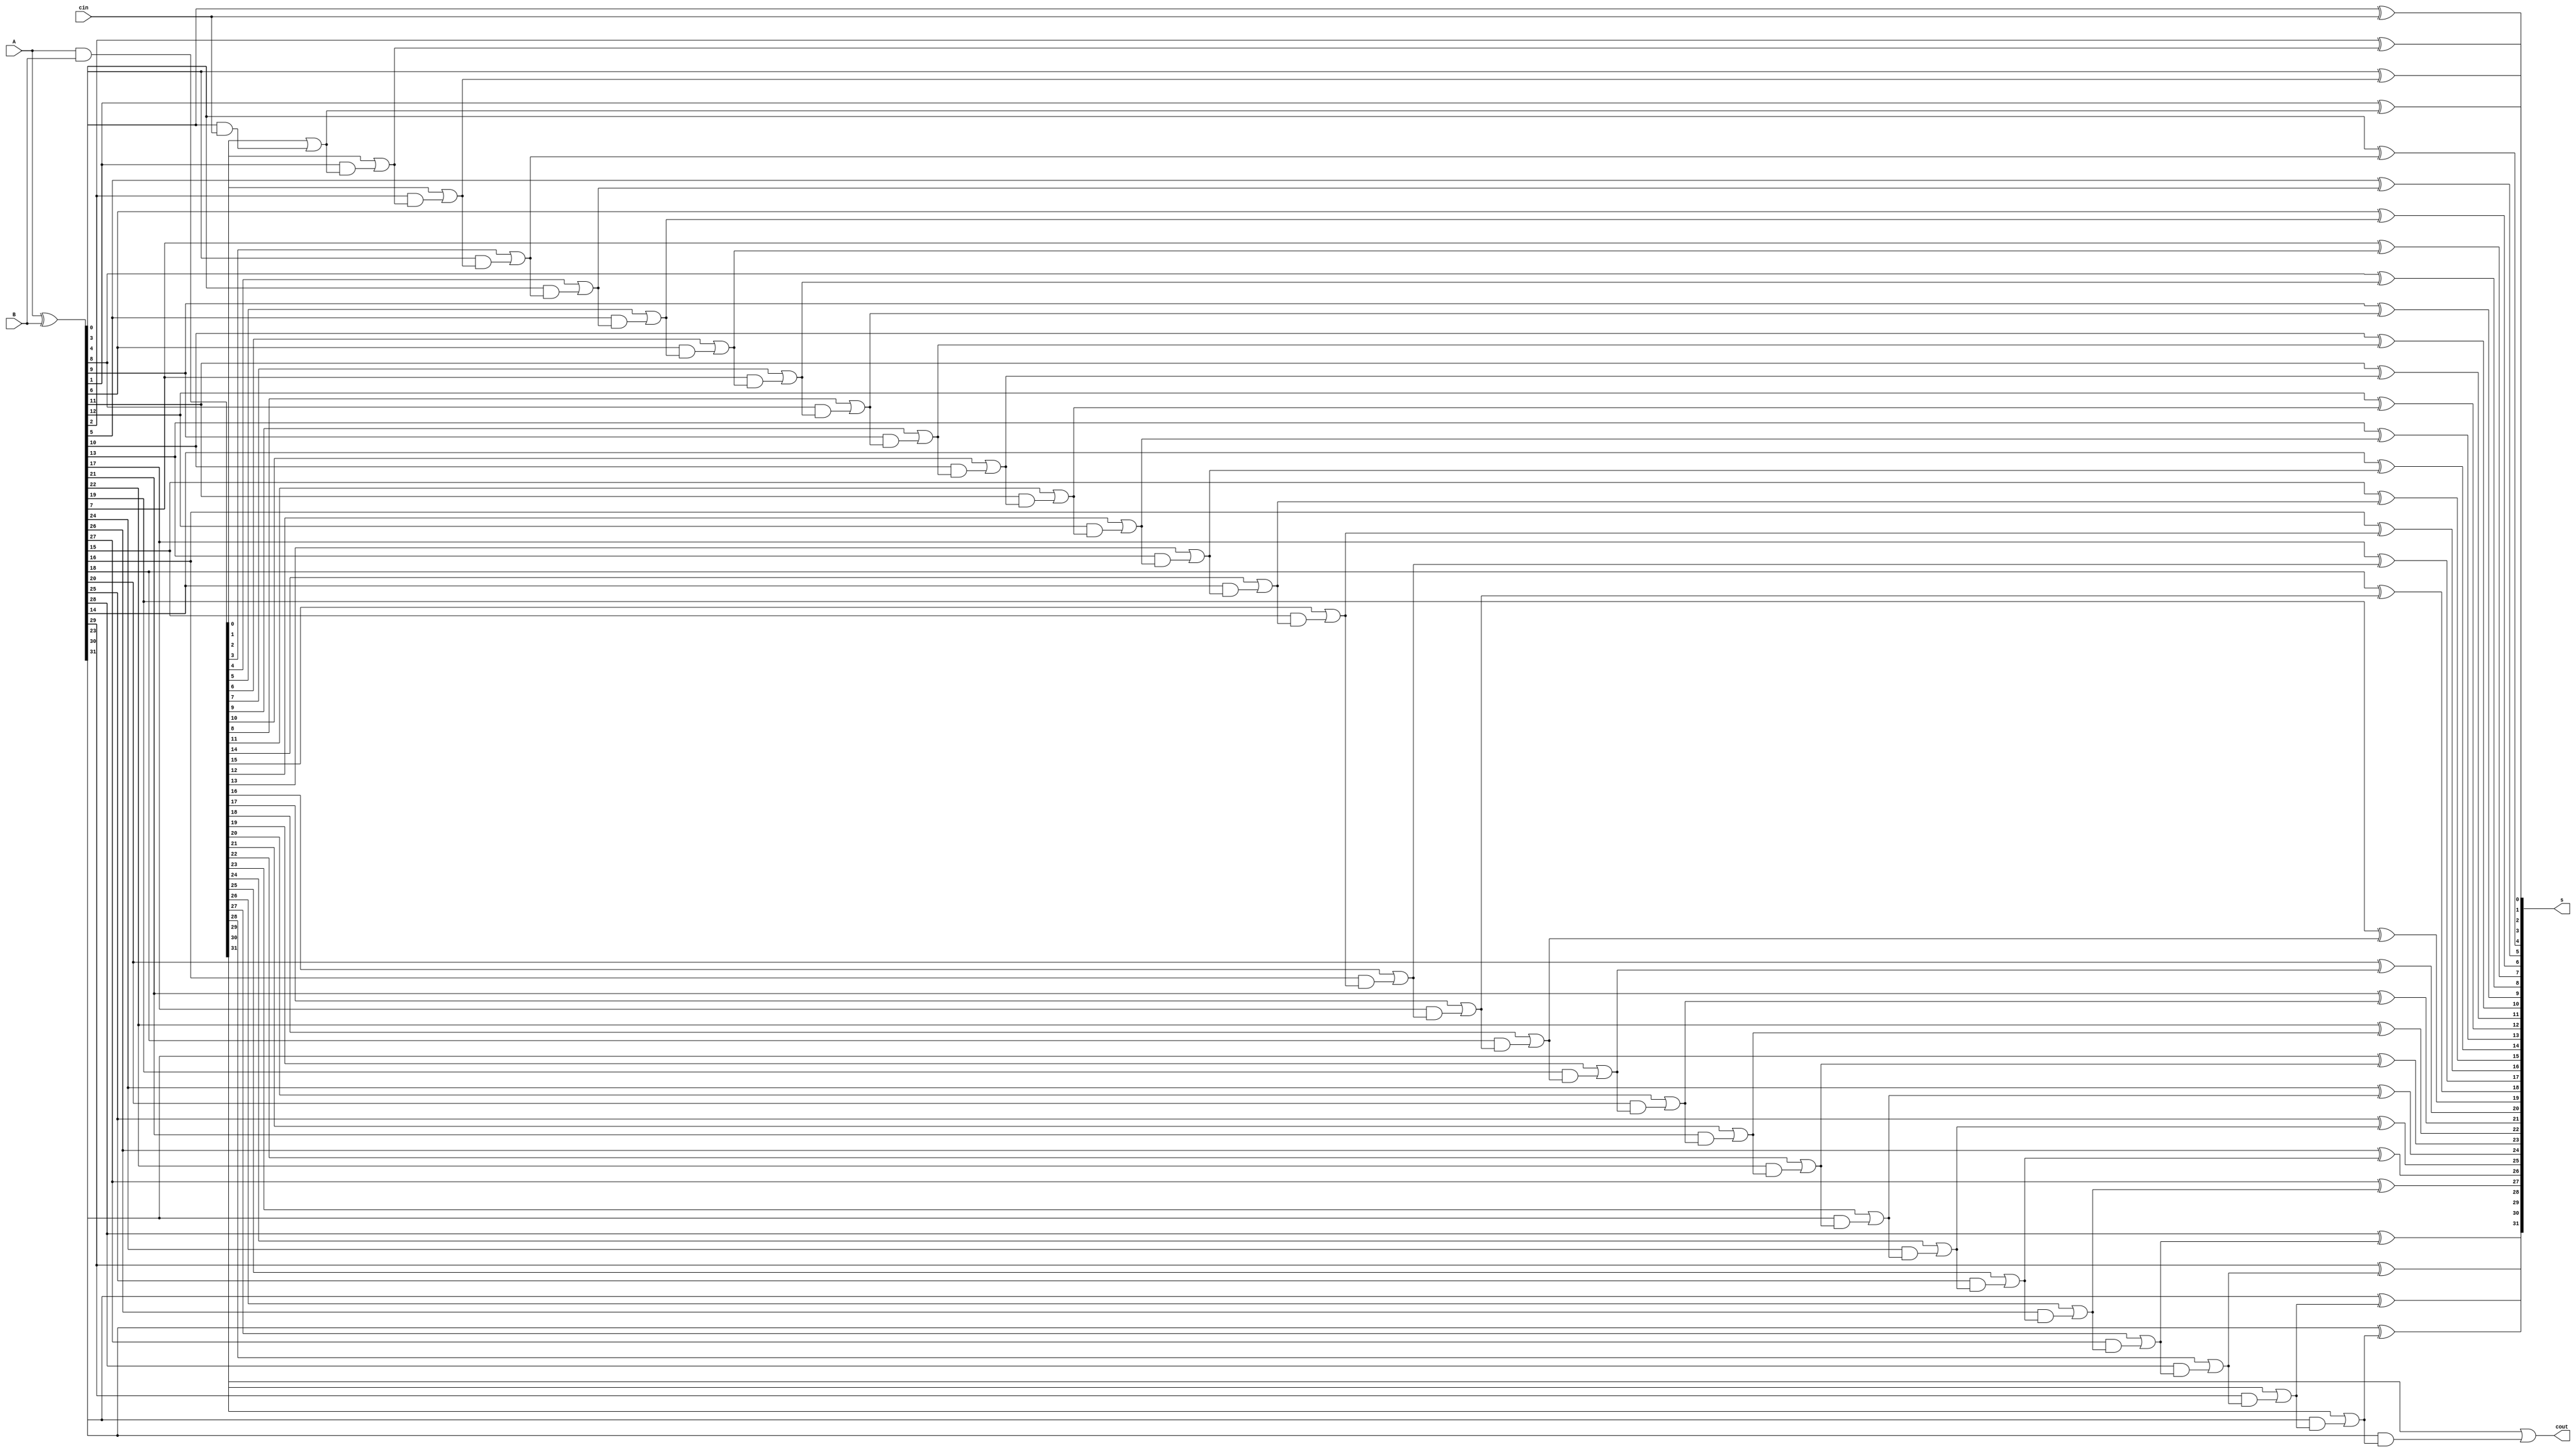
`timescale 1ns / 1ps
//////////////////////////////////////////////////////////////////////////////////
// Company: 
// Engineer: 
// 
// Design Name: 
// Module Name: ALU
// Project Name: 
// Target Devices: 
// Tool Versions: 
// Description: 
// 
// Dependencies: 
// 
// Revision:
// Revision 0.01 - File Created
// Additional Comments:
// 
//////////////////////////////////////////////////////////////////////////////////
module ADDER(input [31:0] A, input [31:0]B, input cin, output [31:0] s, output [0:0]cout);

	wire[31:0] g;
	wire[31:0] p;
	wire[31:0] c;

	assign g = A & B;
	assign p = A ^ B;

	assign c[0] = g[0] | (p[0] & cin);
	assign c[1] = g[1] | (p[1] & (g[0] | (p[0] & cin)));
	assign c[2] = g[2] | (p[2] & (g[1] | (p[1] & (g[0] | (p[0] & cin)))));
	assign c[3] = g[3] | (p[3] & (g[2] | (p[2] & (g[1] | (p[1] & (g[0] | (p[0] & cin)))))));
	assign c[4] = g[4] | (p[4] & (g[3] | (p[3] & (g[2] | (p[2] & (g[1] | (p[1] & (g[0] | (p[0] & cin)))))))));
	assign c[5] = g[5] | (p[5] & (g[4] | (p[4] & (g[3] | (p[3] & (g[2] | (p[2] & (g[1] | (p[1] & (g[0] | (p[0] & cin)))))))))));
	assign c[6] = g[6] | (p[6] & (g[5] | (p[5] & (g[4] | (p[4] & (g[3] | (p[3] & (g[2] | (p[2] & (g[1] | (p[1] & (g[0] | (p[0] & cin)))))))))))));
	assign c[7] = g[7] | (p[7] & (g[6] | (p[6] & (g[5] | (p[5] & (g[4] | (p[4] & (g[3] | (p[3] & (g[2] | (p[2] & (g[1] | (p[1] & (g[0] | (p[0] & cin)))))))))))))));
	assign c[8] = g[8] | (p[8] & (g[7] | (p[7] & (g[6] | (p[6] & (g[5] | (p[5] & (g[4] | (p[4] & (g[3] | (p[3] & (g[2] | (p[2] & (g[1] | (p[1] & (g[0] | (p[0] & cin)))))))))))))))));
	assign c[9] = g[9] | (p[9] & (g[8] | (p[8] & (g[7] | (p[7] & (g[6] | (p[6] & (g[5] | (p[5] & (g[4] | (p[4] & (g[3] | (p[3] & (g[2] | (p[2] & (g[1] | (p[1] & (g[0] | (p[0] & cin)))))))))))))))))));
	assign c[10] = g[10] | (p[10] & (g[9] | (p[9] & (g[8] | (p[8] & (g[7] | (p[7] & (g[6] | (p[6] & (g[5] | (p[5] & (g[4] | (p[4] & (g[3] | (p[3] & (g[2] | (p[2] & (g[1] | (p[1] & (g[0] | (p[0] & cin)))))))))))))))))))));
	assign c[11] = g[11] | (p[11] & (g[10] | (p[10] & (g[9] | (p[9] & (g[8] | (p[8] & (g[7] | (p[7] & (g[6] | (p[6] & (g[5] | (p[5] & (g[4] | (p[4] & (g[3] | (p[3] & (g[2] | (p[2] & (g[1] | (p[1] & (g[0] | (p[0] & cin)))))))))))))))))))))));
	assign c[12] = g[12] | (p[12] & (g[11] | (p[11] & (g[10] | (p[10] & (g[9] | (p[9] & (g[8] | (p[8] & (g[7] | (p[7] & (g[6] | (p[6] & (g[5] | (p[5] & (g[4] | (p[4] & (g[3] | (p[3] & (g[2] | (p[2] & (g[1] | (p[1] & (g[0] | (p[0] & cin)))))))))))))))))))))))));
	assign c[13] = g[13] | (p[13] & (g[12] | (p[12] & (g[11] | (p[11] & (g[10] | (p[10] & (g[9] | (p[9] & (g[8] | (p[8] & (g[7] | (p[7] & (g[6] | (p[6] & (g[5] | (p[5] & (g[4] | (p[4] & (g[3] | (p[3] & (g[2] | (p[2] & (g[1] | (p[1] & (g[0] | (p[0] & cin)))))))))))))))))))))))))));
	assign c[14] = g[14] | (p[14] & (g[13] | (p[13] & (g[12] | (p[12] & (g[11] | (p[11] & (g[10] | (p[10] & (g[9] | (p[9] & (g[8] | (p[8] & (g[7] | (p[7] & (g[6] | (p[6] & (g[5] | (p[5] & (g[4] | (p[4] & (g[3] | (p[3] & (g[2] | (p[2] & (g[1] | (p[1] & (g[0] | (p[0] & cin)))))))))))))))))))))))))))));
	assign c[15] = g[15] | (p[15] & (g[14] | (p[14] & (g[13] | (p[13] & (g[12] | (p[12] & (g[11] | (p[11] & (g[10] | (p[10] & (g[9] | (p[9] & (g[8] | (p[8] & (g[7] | (p[7] & (g[6] | (p[6] & (g[5] | (p[5] & (g[4] | (p[4] & (g[3] | (p[3] & (g[2] | (p[2] & (g[1] | (p[1] & (g[0] | (p[0] & cin)))))))))))))))))))))))))))))));
	assign c[16] = g[16] | (p[16] & (g[15] | (p[15] & (g[14] | (p[14] & (g[13] | (p[13] & (g[12] | (p[12] & (g[11] | (p[11] & (g[10] | (p[10] & (g[9] | (p[9] & (g[8] | (p[8] & (g[7] | (p[7] & (g[6] | (p[6] & (g[5] | (p[5] & (g[4] | (p[4] & (g[3] | (p[3] & (g[2] | (p[2] & (g[1] | (p[1] & (g[0] | (p[0] & cin)))))))))))))))))))))))))))))))));
	assign c[17] = g[17] | (p[17] & (g[16] | (p[16] & (g[15] | (p[15] & (g[14] | (p[14] & (g[13] | (p[13] & (g[12] | (p[12] & (g[11] | (p[11] & (g[10] | (p[10] & (g[9] | (p[9] & (g[8] | (p[8] & (g[7] | (p[7] & (g[6] | (p[6] & (g[5] | (p[5] & (g[4] | (p[4] & (g[3] | (p[3] & (g[2] | (p[2] & (g[1] | (p[1] & (g[0] | (p[0] & cin)))))))))))))))))))))))))))))))))));
	assign c[18] = g[18] | (p[18] & (g[17] | (p[17] & (g[16] | (p[16] & (g[15] | (p[15] & (g[14] | (p[14] & (g[13] | (p[13] & (g[12] | (p[12] & (g[11] | (p[11] & (g[10] | (p[10] & (g[9] | (p[9] & (g[8] | (p[8] & (g[7] | (p[7] & (g[6] | (p[6] & (g[5] | (p[5] & (g[4] | (p[4] & (g[3] | (p[3] & (g[2] | (p[2] & (g[1] | (p[1] & (g[0] | (p[0] & cin)))))))))))))))))))))))))))))))))))));
	assign c[19] = g[19] | (p[19] & (g[18] | (p[18] & (g[17] | (p[17] & (g[16] | (p[16] & (g[15] | (p[15] & (g[14] | (p[14] & (g[13] | (p[13] & (g[12] | (p[12] & (g[11] | (p[11] & (g[10] | (p[10] & (g[9] | (p[9] & (g[8] | (p[8] & (g[7] | (p[7] & (g[6] | (p[6] & (g[5] | (p[5] & (g[4] | (p[4] & (g[3] | (p[3] & (g[2] | (p[2] & (g[1] | (p[1] & (g[0] | (p[0] & cin)))))))))))))))))))))))))))))))))))))));
	assign c[20] = g[20] | (p[20] & (g[19] | (p[19] & (g[18] | (p[18] & (g[17] | (p[17] & (g[16] | (p[16] & (g[15] | (p[15] & (g[14] | (p[14] & (g[13] | (p[13] & (g[12] | (p[12] & (g[11] | (p[11] & (g[10] | (p[10] & (g[9] | (p[9] & (g[8] | (p[8] & (g[7] | (p[7] & (g[6] | (p[6] & (g[5] | (p[5] & (g[4] | (p[4] & (g[3] | (p[3] & (g[2] | (p[2] & (g[1] | (p[1] & (g[0] | (p[0] & cin)))))))))))))))))))))))))))))))))))))))));
	assign c[21] = g[21] | (p[21] & (g[20] | (p[20] & (g[19] | (p[19] & (g[18] | (p[18] & (g[17] | (p[17] & (g[16] | (p[16] & (g[15] | (p[15] & (g[14] | (p[14] & (g[13] | (p[13] & (g[12] | (p[12] & (g[11] | (p[11] & (g[10] | (p[10] & (g[9] | (p[9] & (g[8] | (p[8] & (g[7] | (p[7] & (g[6] | (p[6] & (g[5] | (p[5] & (g[4] | (p[4] & (g[3] | (p[3] & (g[2] | (p[2] & (g[1] | (p[1] & (g[0] | (p[0] & cin)))))))))))))))))))))))))))))))))))))))))));
	assign c[22] = g[22] | (p[22] & (g[21] | (p[21] & (g[20] | (p[20] & (g[19] | (p[19] & (g[18] | (p[18] & (g[17] | (p[17] & (g[16] | (p[16] & (g[15] | (p[15] & (g[14] | (p[14] & (g[13] | (p[13] & (g[12] | (p[12] & (g[11] | (p[11] & (g[10] | (p[10] & (g[9] | (p[9] & (g[8] | (p[8] & (g[7] | (p[7] & (g[6] | (p[6] & (g[5] | (p[5] & (g[4] | (p[4] & (g[3] | (p[3] & (g[2] | (p[2] & (g[1] | (p[1] & (g[0] | (p[0] & cin)))))))))))))))))))))))))))))))))))))))))))));
	assign c[23] = g[23] | (p[23] & (g[22] | (p[22] & (g[21] | (p[21] & (g[20] | (p[20] & (g[19] | (p[19] & (g[18] | (p[18] & (g[17] | (p[17] & (g[16] | (p[16] & (g[15] | (p[15] & (g[14] | (p[14] & (g[13] | (p[13] & (g[12] | (p[12] & (g[11] | (p[11] & (g[10] | (p[10] & (g[9] | (p[9] & (g[8] | (p[8] & (g[7] | (p[7] & (g[6] | (p[6] & (g[5] | (p[5] & (g[4] | (p[4] & (g[3] | (p[3] & (g[2] | (p[2] & (g[1] | (p[1] & (g[0] | (p[0] & cin)))))))))))))))))))))))))))))))))))))))))))))));
	assign c[24] = g[24] | (p[24] & (g[23] | (p[23] & (g[22] | (p[22] & (g[21] | (p[21] & (g[20] | (p[20] & (g[19] | (p[19] & (g[18] | (p[18] & (g[17] | (p[17] & (g[16] | (p[16] & (g[15] | (p[15] & (g[14] | (p[14] & (g[13] | (p[13] & (g[12] | (p[12] & (g[11] | (p[11] & (g[10] | (p[10] & (g[9] | (p[9] & (g[8] | (p[8] & (g[7] | (p[7] & (g[6] | (p[6] & (g[5] | (p[5] & (g[4] | (p[4] & (g[3] | (p[3] & (g[2] | (p[2] & (g[1] | (p[1] & (g[0] | (p[0] & cin)))))))))))))))))))))))))))))))))))))))))))))))));
	assign c[25] = g[25] | (p[25] & (g[24] | (p[24] & (g[23] | (p[23] & (g[22] | (p[22] & (g[21] | (p[21] & (g[20] | (p[20] & (g[19] | (p[19] & (g[18] | (p[18] & (g[17] | (p[17] & (g[16] | (p[16] & (g[15] | (p[15] & (g[14] | (p[14] & (g[13] | (p[13] & (g[12] | (p[12] & (g[11] | (p[11] & (g[10] | (p[10] & (g[9] | (p[9] & (g[8] | (p[8] & (g[7] | (p[7] & (g[6] | (p[6] & (g[5] | (p[5] & (g[4] | (p[4] & (g[3] | (p[3] & (g[2] | (p[2] & (g[1] | (p[1] & (g[0] | (p[0] & cin)))))))))))))))))))))))))))))))))))))))))))))))))));
	assign c[26] = g[26] | (p[26] & (g[25] | (p[25] & (g[24] | (p[24] & (g[23] | (p[23] & (g[22] | (p[22] & (g[21] | (p[21] & (g[20] | (p[20] & (g[19] | (p[19] & (g[18] | (p[18] & (g[17] | (p[17] & (g[16] | (p[16] & (g[15] | (p[15] & (g[14] | (p[14] & (g[13] | (p[13] & (g[12] | (p[12] & (g[11] | (p[11] & (g[10] | (p[10] & (g[9] | (p[9] & (g[8] | (p[8] & (g[7] | (p[7] & (g[6] | (p[6] & (g[5] | (p[5] & (g[4] | (p[4] & (g[3] | (p[3] & (g[2] | (p[2] & (g[1] | (p[1] & (g[0] | (p[0] & cin)))))))))))))))))))))))))))))))))))))))))))))))))))));
	assign c[27] = g[27] | (p[27] & (g[26] | (p[26] & (g[25] | (p[25] & (g[24] | (p[24] & (g[23] | (p[23] & (g[22] | (p[22] & (g[21] | (p[21] & (g[20] | (p[20] & (g[19] | (p[19] & (g[18] | (p[18] & (g[17] | (p[17] & (g[16] | (p[16] & (g[15] | (p[15] & (g[14] | (p[14] & (g[13] | (p[13] & (g[12] | (p[12] & (g[11] | (p[11] & (g[10] | (p[10] & (g[9] | (p[9] & (g[8] | (p[8] & (g[7] | (p[7] & (g[6] | (p[6] & (g[5] | (p[5] & (g[4] | (p[4] & (g[3] | (p[3] & (g[2] | (p[2] & (g[1] | (p[1] & (g[0] | (p[0] & cin)))))))))))))))))))))))))))))))))))))))))))))))))))))));
	assign c[28] = g[28] | (p[28] & (g[27] | (p[27] & (g[26] | (p[26] & (g[25] | (p[25] & (g[24] | (p[24] & (g[23] | (p[23] & (g[22] | (p[22] & (g[21] | (p[21] & (g[20] | (p[20] & (g[19] | (p[19] & (g[18] | (p[18] & (g[17] | (p[17] & (g[16] | (p[16] & (g[15] | (p[15] & (g[14] | (p[14] & (g[13] | (p[13] & (g[12] | (p[12] & (g[11] | (p[11] & (g[10] | (p[10] & (g[9] | (p[9] & (g[8] | (p[8] & (g[7] | (p[7] & (g[6] | (p[6] & (g[5] | (p[5] & (g[4] | (p[4] & (g[3] | (p[3] & (g[2] | (p[2] & (g[1] | (p[1] & (g[0] | (p[0] & cin)))))))))))))))))))))))))))))))))))))))))))))))))))))))));
	assign c[29] = g[29] | (p[29] & (g[28] | (p[28] & (g[27] | (p[27] & (g[26] | (p[26] & (g[25] | (p[25] & (g[24] | (p[24] & (g[23] | (p[23] & (g[22] | (p[22] & (g[21] | (p[21] & (g[20] | (p[20] & (g[19] | (p[19] & (g[18] | (p[18] & (g[17] | (p[17] & (g[16] | (p[16] & (g[15] | (p[15] & (g[14] | (p[14] & (g[13] | (p[13] & (g[12] | (p[12] & (g[11] | (p[11] & (g[10] | (p[10] & (g[9] | (p[9] & (g[8] | (p[8] & (g[7] | (p[7] & (g[6] | (p[6] & (g[5] | (p[5] & (g[4] | (p[4] & (g[3] | (p[3] & (g[2] | (p[2] & (g[1] | (p[1] & (g[0] | (p[0] & cin)))))))))))))))))))))))))))))))))))))))))))))))))))))))))));
	assign c[30] = g[30] | (p[30] & (g[29] | (p[29] & (g[28] | (p[28] & (g[27] | (p[27] & (g[26] | (p[26] & (g[25] | (p[25] & (g[24] | (p[24] & (g[23] | (p[23] & (g[22] | (p[22] & (g[21] | (p[21] & (g[20] | (p[20] & (g[19] | (p[19] & (g[18] | (p[18] & (g[17] | (p[17] & (g[16] | (p[16] & (g[15] | (p[15] & (g[14] | (p[14] & (g[13] | (p[13] & (g[12] | (p[12] & (g[11] | (p[11] & (g[10] | (p[10] & (g[9] | (p[9] & (g[8] | (p[8] & (g[7] | (p[7] & (g[6] | (p[6] & (g[5] | (p[5] & (g[4] | (p[4] & (g[3] | (p[3] & (g[2] | (p[2] & (g[1] | (p[1] & (g[0] | (p[0] & cin)))))))))))))))))))))))))))))))))))))))))))))))))))))))))))));
	assign c[31] = g[31] | (p[31] & (g[30] | (p[30] & (g[29] | (p[29] & (g[28] | (p[28] & (g[27] | (p[27] & (g[26] | (p[26] & (g[25] | (p[25] & (g[24] | (p[24] & (g[23] | (p[23] & (g[22] | (p[22] & (g[21] | (p[21] & (g[20] | (p[20] & (g[19] | (p[19] & (g[18] | (p[18] & (g[17] | (p[17] & (g[16] | (p[16] & (g[15] | (p[15] & (g[14] | (p[14] & (g[13] | (p[13] & (g[12] | (p[12] & (g[11] | (p[11] & (g[10] | (p[10] & (g[9] | (p[9] & (g[8] | (p[8] & (g[7] | (p[7] & (g[6] | (p[6] & (g[5] | (p[5] & (g[4] | (p[4] & (g[3] | (p[3] & (g[2] | (p[2] & (g[1] | (p[1] & (g[0] | (p[0] & cin)))))))))))))))))))))))))))))))))))))))))))))))))))))))))))))));

	assign s[0] = p[0] ^ cin;
	assign s[1] = p[1] ^ c[0];
	assign s[2] = p[2] ^ c[1];
	assign s[3] = p[3] ^ c[2];
	assign s[4] = p[4] ^ c[3];
	assign s[5] = p[5] ^ c[4];
	assign s[6] = p[6] ^ c[5];
	assign s[7] = p[7] ^ c[6];
	assign s[8] = p[8] ^ c[7];
	assign s[9] = p[9] ^ c[8];
	assign s[10] = p[10] ^ c[9];
	assign s[11] = p[11] ^ c[10];
	assign s[12] = p[12] ^ c[11];
	assign s[13] = p[13] ^ c[12];
	assign s[14] = p[14] ^ c[13];
	assign s[15] = p[15] ^ c[14];
	assign s[16] = p[16] ^ c[15];
	assign s[17] = p[17] ^ c[16];
	assign s[18] = p[18] ^ c[17];
	assign s[19] = p[19] ^ c[18];
	assign s[20] = p[20] ^ c[19];
	assign s[21] = p[21] ^ c[20];
	assign s[22] = p[22] ^ c[21];
	assign s[23] = p[23] ^ c[22];
	assign s[24] = p[24] ^ c[23];
	assign s[25] = p[25] ^ c[24];
	assign s[26] = p[26] ^ c[25];
	assign s[27] = p[27] ^ c[26];
	assign s[28] = p[28] ^ c[27];
	assign s[29] = p[29] ^ c[28];
	assign s[30] = p[30] ^ c[29];
	assign s[31] = p[31] ^ c[30];
	
	assign cout[0] = c[31];
endmodule

module SHIFT(input [31:0] B, input[3:0] Op, input [31:0] A, input usigned,output [31:0] res);
	wire [31:0] left_shift;
	wire [31:0] right_shift;
	wire [31:0] aright_shift;

	assign left_shift = B << A;
	assign right_shift = B >> A;
	assign aright_shift = $signed(B)>>> A;

	assign res = (Op[3] == 1) ? left_shift:(usigned == 1 ? aright_shift : right_shift);
endmodule

module AOXN(input[31:0] A, input[31:0] B, input[3:0] Op, output [31:0] res);
	wire [31:0] and_res;
	wire [31:0] or_res;
	wire [31:0] xor_res;
	wire [31:0] nor_res;
	
    
	assign and_res = A & B;
	assign or_res = A | B;
	assign xor_res = A ^ B;
	assign nor_res = ~or_res;

	assign res = Op[2] == 0 ? (Op[0]==0 ? and_res : or_res) : (Op[0] == 0 ? xor_res : nor_res);
endmodule

module LEG(input[31:0] A, input[31:0] B, input[3:0] Op ,input usigned,output [31:0] res);
    wire less_res,less_v_res;
    wire unsigned_less_res,unsigned_less_v_res;
    wire less_equal_res;
    wire greater_equal_res;
    wire greater_res;
    wire eq_res;
    
	assign less_v_res = ($signed(A)<$signed(B)) ? 1:0;
	assign unsigned_less_v_res = A<B ? 1:0;
    assign less_res = $signed(A)<0 ? 1:0;
	//assign unsigned_less_res = A<0 ? 1:0;    
	assign less_equal_res = $signed(A)<=0 ? 1:0;
	assign greater_equal_res = $signed(A)>=0 ? 1:0;
	assign greater_res = $signed(A)>0 ? 1:0;
	assign eq_res = A==B?1:0;
	
	assign res = (~Op[3]&&~Op[2]&&~Op[1])?eq_res:(Op[2]==0 && Op[1]==0 && Op[0]==1) ? (usigned==1 ? unsigned_less_v_res: less_v_res):(Op[2]==1 ? (Op[0]==1 ? greater_equal_res : less_res):(Op[0]==1 ? greater_res : less_equal_res)); 	
endmodule

 module ALU(ReadData1, ReadData2,ALUOp,usigned,result,zero,over);
    input [31:0] ReadData1;
    input [31:0] ReadData2;
    input [3:0] ALUOp;
    input usigned;
    output [31:0] result;
    output zero;
    output over;
    
    wire [31:0] shift_res,aoxn_res,sum_res,leg_res;
    wire [31:0]b_input;
	wire cout;
	assign b_input = ALUOp[0] ? ~ReadData2 : ReadData2;
    
    SHIFT my_shift(ReadData2, ALUOp, ReadData1, usigned,shift_res);
	AOXN my_aoxn(ReadData1, ReadData2, ALUOp, aoxn_res);
	ADDER my_adder(ReadData1, b_input, ALUOp[0], sum_res, cout);
    LEG my_leg(ReadData1, ReadData2, ALUOp,usigned,leg_res);
    
	assign over = (~ALUOp[3] && ~ALUOp[2] && ~ALUOp[1]) ? ((usigned) & ((ReadData1[31] == b_input[31]) && (ReadData1[31] != sum_res[31]))) : 0;
    
    assign result = (ALUOp[3])?((~ALUOp[2]&&~ALUOp[1]&&ALUOp[0])?leg_res:shift_res):((~ALUOp[2]&&~ALUOp[1])? sum_res : (ALUOp[2]&&ALUOp[1])? (ReadData2<<16) :aoxn_res);
    
    assign zero = (result == 0) ? 1 : 0;
    /*
    always@(ReadData1 or ReadData2 or ALUOp) 
    begin
        case(ALUOp)
            //4'b0000: result = ReadData1 + ReadData2;//sum_res;
            //4'b0001: result = ReadData1 - ReadData2;//sum_res;
            //4'b0010: result = ReadData2 & ReadData1;//aoxn_res;
            //4'b0011: result = ReadData2 | ReadData1;//aoxn_res;
            4'b0000: result <= sum_res;
            4'b0001: result <= sum_res;
            4'b0010: result <= aoxn_res;
            4'b0011: result <= aoxn_res;
            4'b0100: result = aoxn_res;
            4'b0101: result = aoxn_res;
            4'b0110: result = ReadData2<<16;
            
            4'b1000: result = shift_res;
            4'b1110: result = shift_res;
            4'b1111: result = shift_res;
            4'b1001: result = leg_res;
            4'b1010: result = leg_res;
            4'b1011: result = leg_res;
            4'b1100: result = leg_res;
            4'b1101: result = leg_res;            
        endcase
        
        $display("result:%h",result);
        zero = (result == 0) ? 1 : 0;
    end 
    */
endmodule